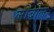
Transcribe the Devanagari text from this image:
लीबोल